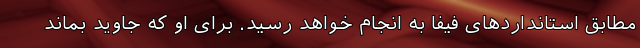
مطابق استانداردهای فیفا به انجام خواهد رسید. برای او که جاوید بماند